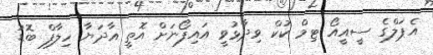
އެޕަލްގެ ސީއީއޯ ޓިމް ކުކް ވިދާޅުވީ އައިފޯނަށް އޮތީ އާދަޔާ ހިލާފް ބޮޑު